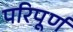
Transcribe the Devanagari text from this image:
परिपूर्ण